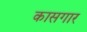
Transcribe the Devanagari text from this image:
कासगार